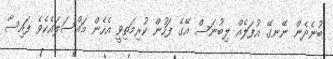
ބުނެދެން ނޭނގޭ އުފަލެއް ލިބުނަސް އޭގެ ފަހުން ކުރިމަތިވީ އެހެން މައްސަލައެކެވެ ފައިސާ